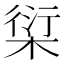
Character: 𰗿